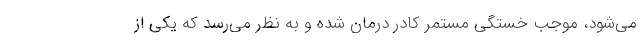
می‌شود، موجب خستگی مستمر کادر درمان شده و به نظر می‌رسد که یکی از